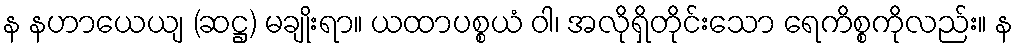
န နဟာယေယျ (ဆဋ္ဌ) မချိုးရာ။ ယထာပစ္စယံ ဝါ၊ အလိုရှိတိုင်းသော ရေကိစ္စကိုလည်း။ န